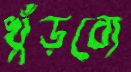
খুঁড়বো